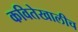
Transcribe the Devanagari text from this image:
कवितेखालीच